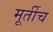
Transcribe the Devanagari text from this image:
मूर्तीच